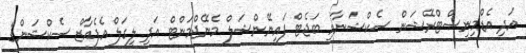
އަދި އެޑްމިނިސްޓްރޭޝަން ސެކްޝަނާއި ބަޖެޓް ފައިނޭންޝަލް މެނޭޖްމަންޓް އަދި ލީގަލް އެފެއާޒް ސެކްޝަންގެ